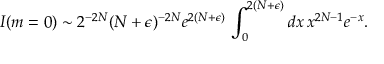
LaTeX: I ( m = 0 ) \sim 2 ^ { - 2 N } ( N + \epsilon ) ^ { - 2 N } e ^ { 2 ( N + \epsilon ) } \, \int _ { 0 } ^ { 2 ( N + \epsilon ) } d x \, x ^ { 2 N - 1 } e ^ { - x } .